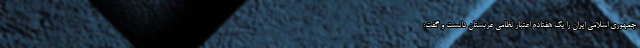
جمهوری اسلامی ایران را یک هفتادم اعتبار نظامی عربستان دانست و گفت: